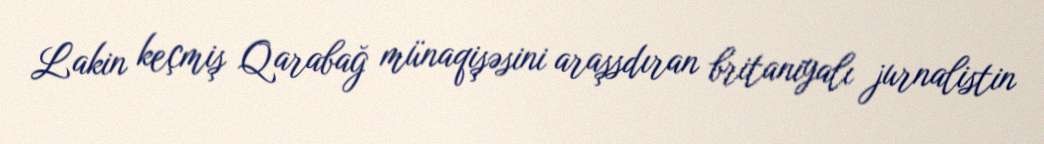
Lakin keçmiş Qarabağ münaqişəsini araşsdıran britaniyalı jurnalistin